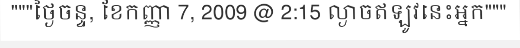
"""ថ្ងៃចន្ទ, ខែកញ្ញា 7, 2009 @ 2:15 ល្ងាចឥឡូវនេះអ្នក"""